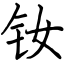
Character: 钕